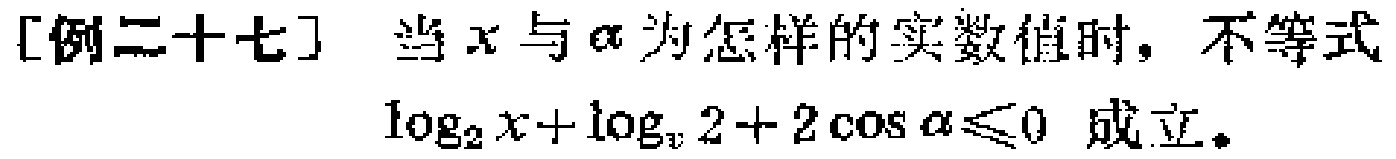
[例二十七] 当\(x\)与\(\alpha\)为怎样的实数值时，不等式\(\log_{2}x + \log_{x}2 + 2\cos\alpha\leqslant0\) 成立。